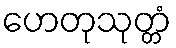
ဟေတုသုတ္တံ